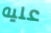
عليه